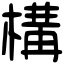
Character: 構